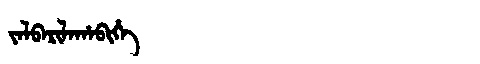
Manchu: ᠵᠠᠯᠪᠠᡵᡳᠯᠠᡥᠠᠪᡳᡥᡝ
Romanization: JALBARILAHABIHE